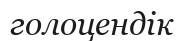
голоцендік